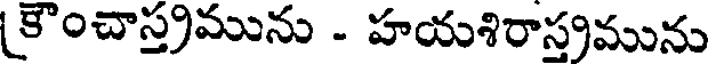
కౌంచాస్త్రమును - హయశిరాస్త్రమును